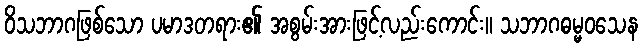
ဝိသဘာဂဖြစ်သော ပမာဒတရား၏ အစွမ်းအားဖြင့်လည်းကောင်း။ သဘာဂဓမ္မဝသေန